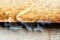
سمكة